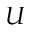
U